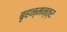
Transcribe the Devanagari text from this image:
बृहन्मन्त्रः